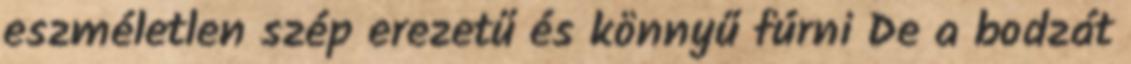
eszméletlen szép erezetű és könnyű fúrni De a bodzát